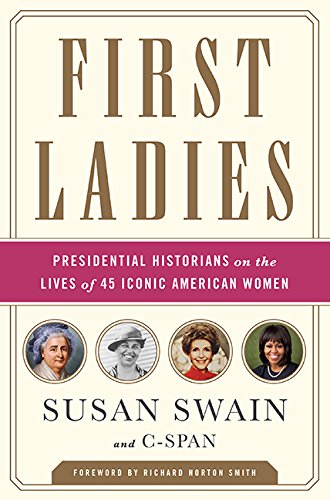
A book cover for First Ladies: Presidential Historians on the Lives of 45 Iconic American Women; Susan Swain; History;